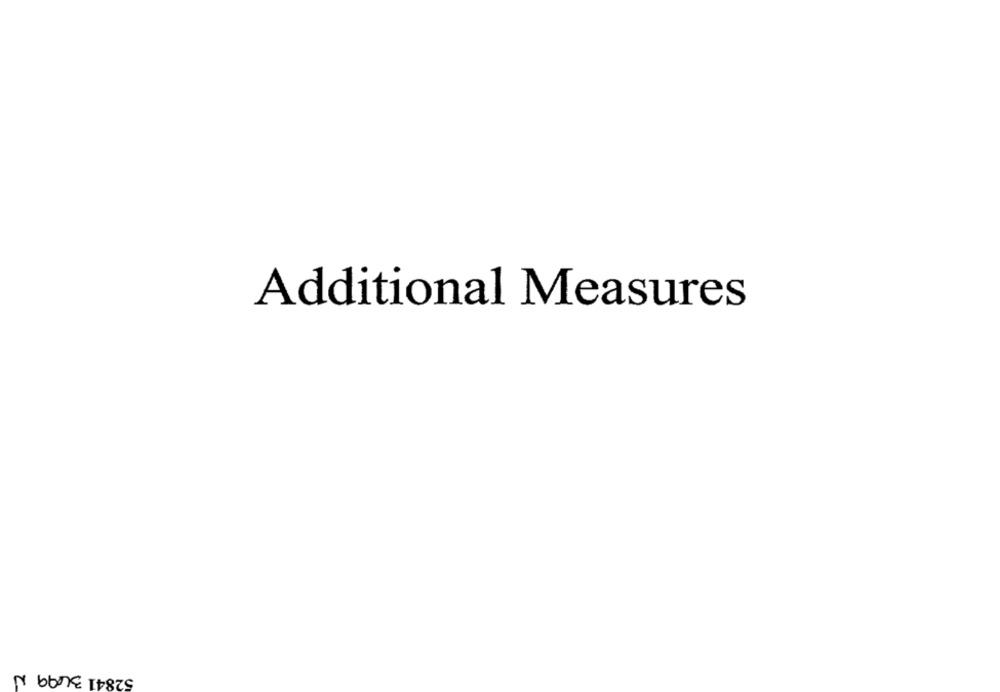
Additional Measures
52841 3499 N